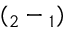
( \l _ { 2 } - \l _ { 1 } )